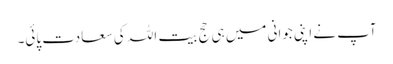
آپ نے اپنی جوانی میں ہی حج بیت اللہ کی سعادت پائی۔